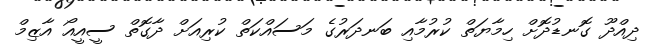
ދިއްދޫ ގޮނޑުދޮށް ހިމާޔަތް ކުރުމާއި ބަނދަރުގެ މަސައްކަތް ކުރިއަށް ދާގޮތް ސީއީއޯ އާޒިމް